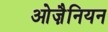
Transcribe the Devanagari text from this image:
ओज़ैनियन